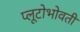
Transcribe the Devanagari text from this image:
प्लूटोभोवती